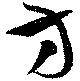
方